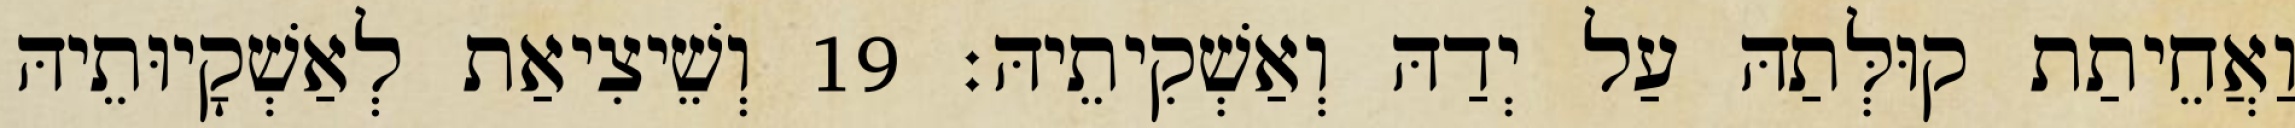
וַאֲחֵיתַת קוּלְּתַהּ עַל יְדַהּ וְאַשְׁקִיתֵיהּ׃ 19 וְשֵׁיצִיאַת לְאַשְׁקָיוּתֵיהּ